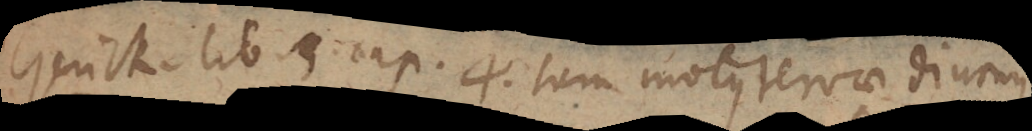
Gerick. lib. 5 cap. 4. Jam motus terrae diurnus